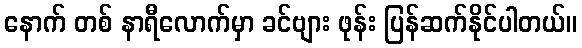
နောက် တစ် နာရီလောက်မှာ ခင်ဗျား ဖုန်း ပြန်ဆက်နိုင်ပါတယ်။